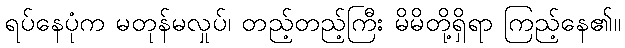
ရပ်နေပုံက မတုန်မလှုပ်၊ တည့်တည့်ကြီး မိမိတို့ရှိရာ ကြည့်နေ၏။